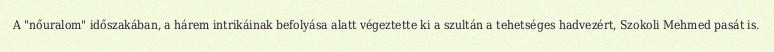
A "nőuralom" időszakában, a hárem intrikáinak befolyása alatt végeztette ki a szultán a tehetséges hadvezért, Szokoli Mehmed pasát is.